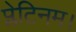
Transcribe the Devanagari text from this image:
प्लेटिनम।